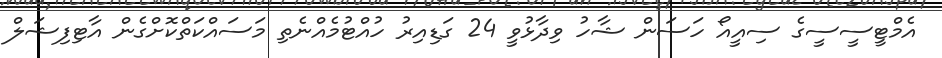
އެމްޓީސީސީގެ ސިއީއޯ ހަސަން ޝާހު ވިދާޅުވީ 24 ގަޑިއިރު ހުއްޓުމެއްނެތި މަސައްކަތްކޮށްގެން އާޓިފިޝަލް